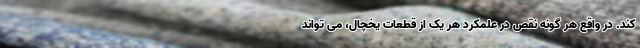
کند. در واقع هر گونه نقص در علمکرد هر یک از قطعات یخچال، می تواند